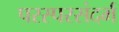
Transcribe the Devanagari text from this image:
परस्परसंदर्भ